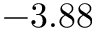
- 3 . 8 8